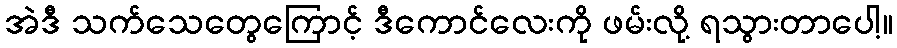
အဲဒီ သက်သေတွေကြောင့် ဒီကောင်လေးကို ဖမ်းလို့ ရသွားတာပေါ့။